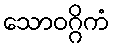
သောဝဂ္ဂိကံ